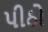
પીઠો